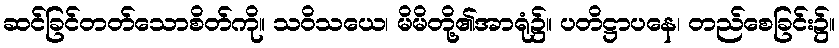
ဆင်ခြင်တတ်သောစိတ်ကို။ သဝိသယေ၊ မိမိတို့၏အာရုံ၌။ ပတိဋ္ဌာပနေ၊ တည်စေခြင်း၌။